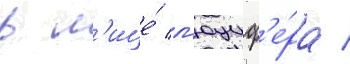
в л'ице́ л'юциф'е́ра /